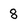
Character: 8